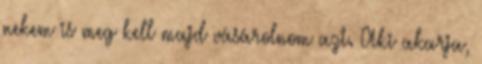
nekem is meg kell majd vásárolnom azt. Aki akarja,